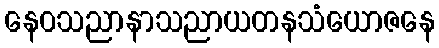
နေဝသညာနာသညာယတနသံယောဇနေ